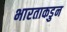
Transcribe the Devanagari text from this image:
भारताकडुन